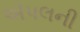
ઍપલની